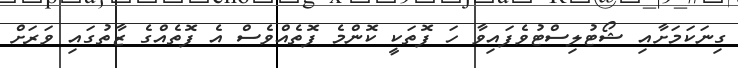
ގިނަކަމަށާއި ޝޯޓުލިސްޓުވެފައިވާ ހަ ފޮތަކީ ކޮންމެ ފޮތެއްވެސް އެ ފޮތެއްގެ ޒާތުގައި ވަރަށް